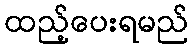
ထည့်ပေးရမည်